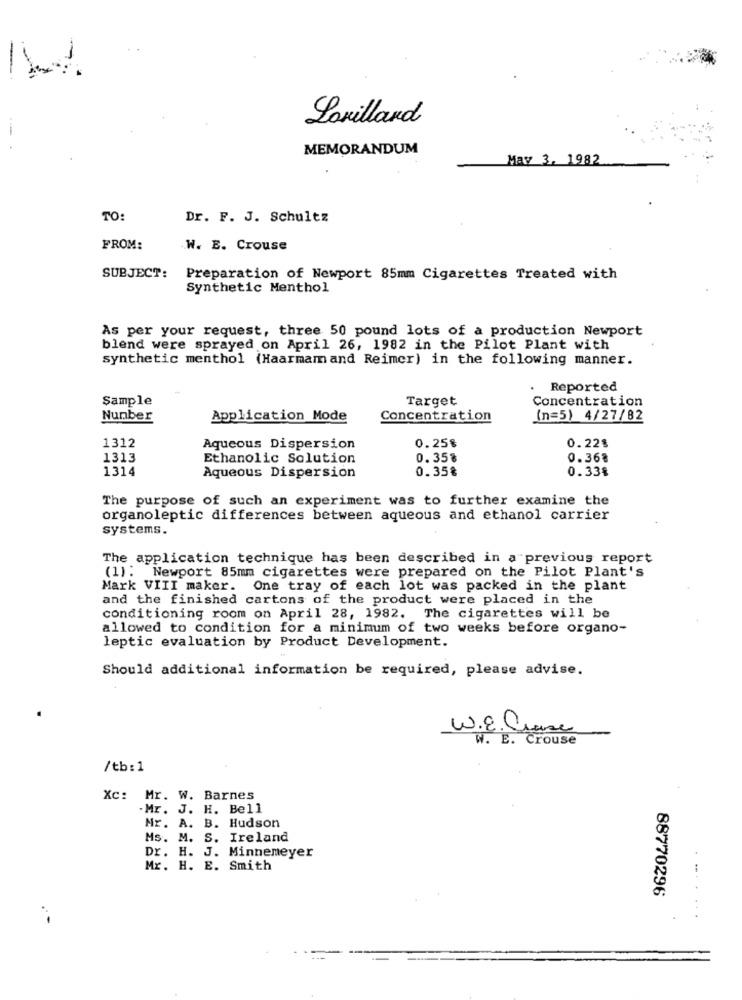
-
Lonillard
MEMORANDUM
May 3, 1982
TO:
Dr. F. J. Schultz
FROM:
W. E. Crouse
SUBJECT:
Preparation of Newport 85mm Cigarettes Treated with
Synthetic Menthol
As per your request, three 50 pound lots of a production Newport
blend were sprayed on April 26, 1982 in the Pilot Plant with
synthetic menthol (Haarmam and Reimer) in the following manner.
Reported
Sample
Target
Concentration
Number
Application Mode
Concentration
(n=5) 4/27/82
0.25%
1312
Aqueous Dispersion
0.22%
1313
Ethanolic Solution
0.35%
0.368
1314
0.35€
0.33%
Aqueous Dispersion
The purpose of such an experiment was to further examine the
organoleptic differences between aqueous and ethanol carrier
systems.
The application technique has been described in a"previous report
(1): Newport 85mm cigarettes were prepared on the Pilot Plant's
Mark VIII maker. One tray of each lot was packed in the plant
and the finished cartons of the product were placed in the
conditioning room on April 28, 1982. The cigarettes will be
allowed to condition for a minimum of two weeks before organo-
leptic evaluation by Product Development.
Should additional information be required, please advise.
W.E. Clase
W. E. Crouse
/tb: 1
Xc: Mr. W. Barnes
Mr. J. H. Bell
Mr. A. B. Hudson
Ms. M. S. Ireland
Dr. H. J. Minnemeyer
Mr. H. E. Smith
88770296
.. .